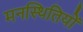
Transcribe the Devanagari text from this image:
मनस्थितियों